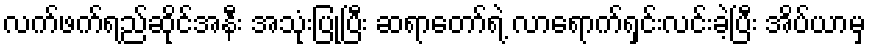
လက်ဖက်ရည်ဆိုင်အနီး အသုံးပြုပြီး ဆရာတော်ရဲ့ လာရောက်ရှင်းလင်းခဲ့ပြီး အိပ်ယာမှ